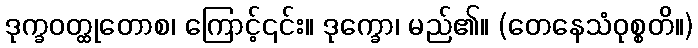
ဒုက္ခဝတ္ထုတောစ၊ ကြောင့်၎င်း။ ဒုက္ခော၊ မည်၏။ (တေနေသံဝုစ္စတိ။)